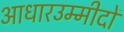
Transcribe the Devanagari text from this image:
आधारउम्मीदों